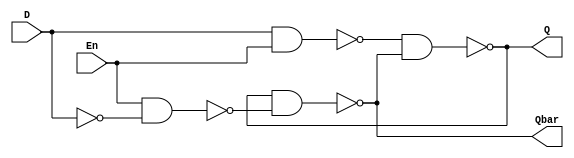
module D_latch(Q, Qbar, D, En);

//  
//   Input    wire , Output    reg  wire
output Q, Qbar;
input D, En;
wire S,R;

nand n1(S, D, En);
nand n2(R, En, ~D);
nand n3(Q, S, Qbar);
nand n4(Qbar, Q, R);

endmodule